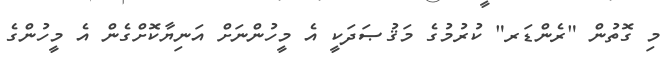
މި ގޮތުން "ރެންޑަރ" ކުރުމުގެ މަޤުޞަދަކީ އެ މީހުންނަށް އަނިޔާކޮށްގެން އެ މީހުންގެ